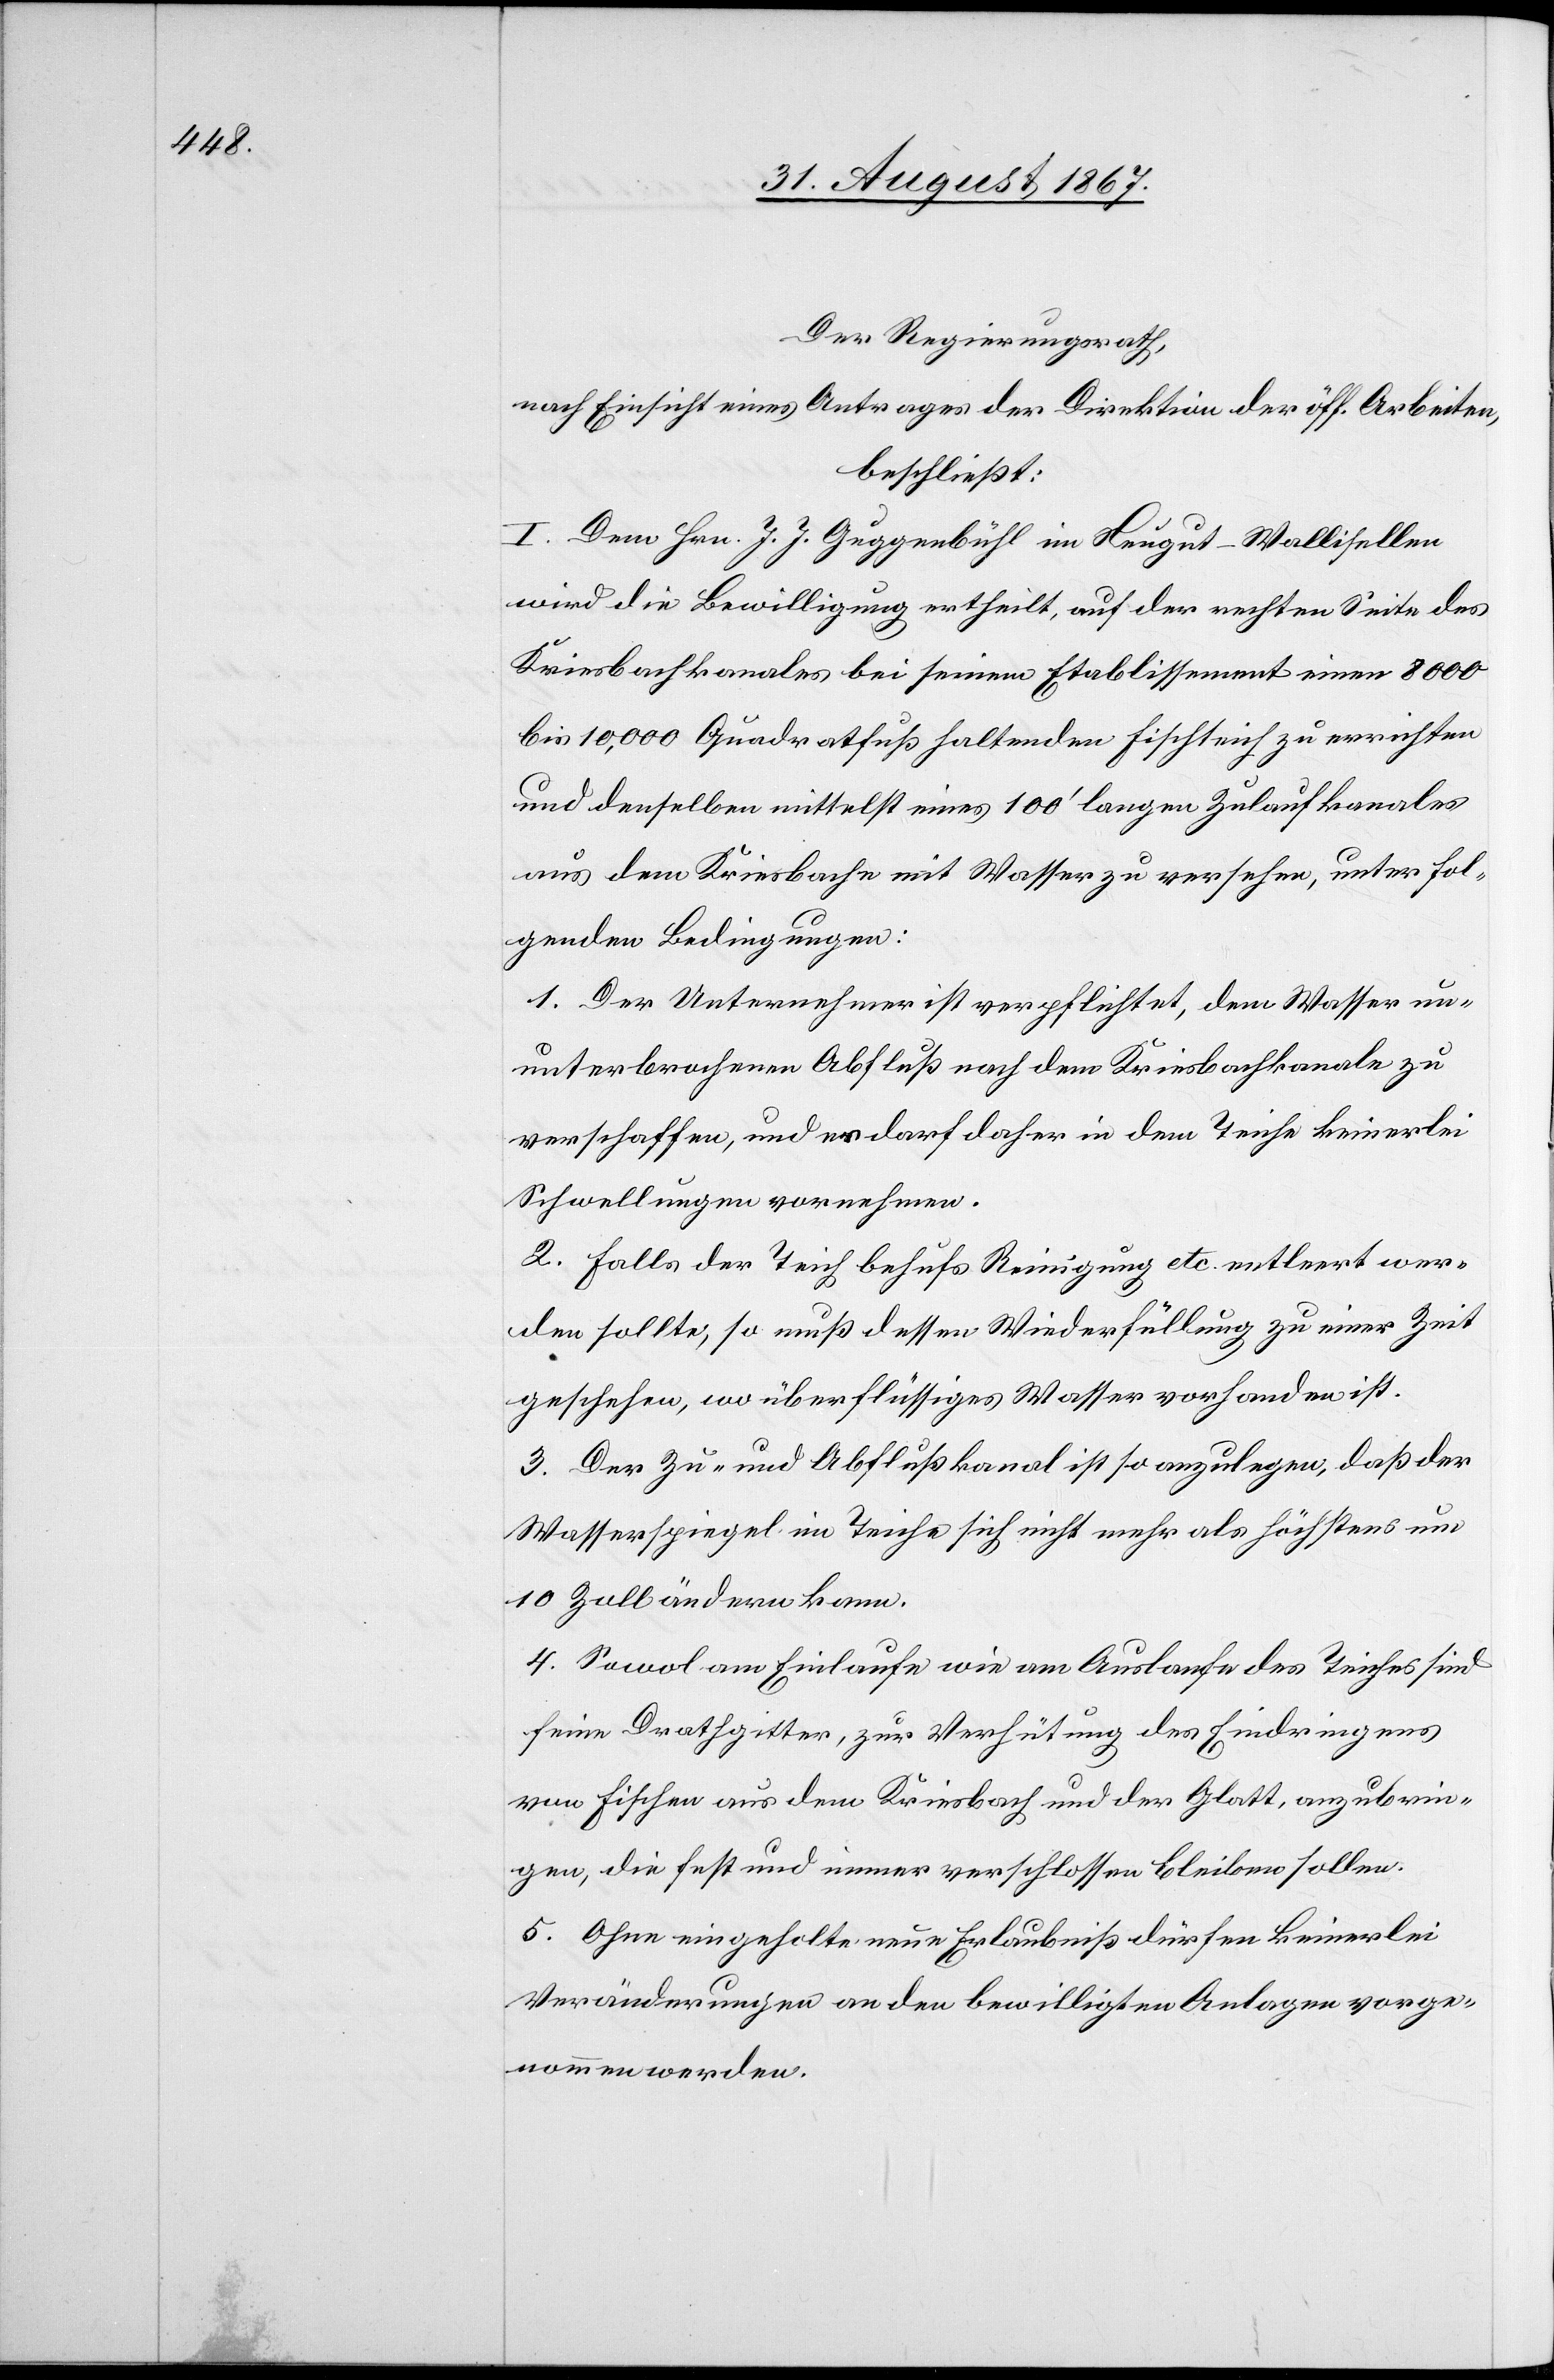
Der Regierungsrath,
nach Einsicht eines Antrages der Direktion der öff. Arbeiten,
beschließt:
I. Dem Hrn. J. J. Guggenbühl im Neugut-Wallisellen
wird die Bewilligung ertheilt, auf der rechten Seite des
Kriesbachkanales bei seinem Etablissement einen 8000
bis 10 000 Quadratfuß haltenden Fischteich zu errichten
und denselben mittelst eines 100‘ langen Zulaufkanales
aus dem Kriesbache mit Wasser zu versehen, unter fol¬
genden Bedingungen:
1. Der Unternehmer ist verpflichtet, dem Wasser un¬
unterbrochenen Abfluß nach dem Kriesbachkanale zu
verschaffen, und er darf daher in dem Teiche keinerlei
Schwellungen vornehmen.
2. Falls der Teich behufs Reinigung etc. entleert wer¬
den sollte, so muß dessen Wiederfüllung zu einer Zeit
geschehen, wo überflüssiges Wasser vorhanden ist.
3 Der Zu- und Abflußkanal ist so anzulegen, daß der
Wasserspiegel im Teiche sich nicht mehr als höchstens um
10 Zoll ändern kann.
4. Sowol am Einlaufe wie am Auslaufe des Teiches sind
feine Drathgitter, zur Verhütung des Eindringens
von Fischen aus dem Kriesbache und der Glatt, anzubrin¬
gen, die fest und immer verschlossen bleiben sollen.
5. Ohne eingeholte neue Erlaubniß dürfen keinerlei
Veränderungen an den bewilligten Anlagen vorge¬
nommen werden.